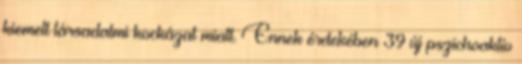
kiemelt társadalmi kockázat miatt. Ennek érdekében 39 új pszichoaktív